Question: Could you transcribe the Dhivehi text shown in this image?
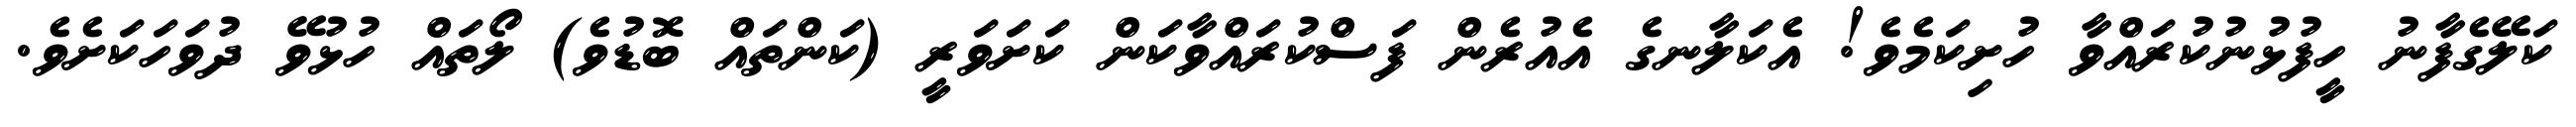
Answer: ކަލޭގެފާނު ހީފުޅުނުކުރައްވާ ހުށިކަމެވެ! އެކަލާނގެ އެއުރެން ފަސްކުރައްވާކަން ކަށަވަރީ (ކަންތައް ބޮޑުވެ) ލޯތައް ހުޅުވޭ ދުވަހަކަށެވެ.